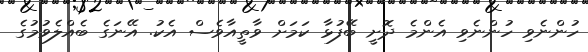
ހުންނެވި ހުންނެވި އެންމެ ދޮށީ ބޭފުޅާ ކަމަށް ވާތީއާވެސް އެކު. އޭނަގެ ބެއްލެވުމުގެ